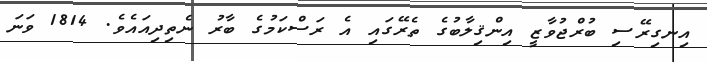
އިނގިރޭސި ބުރްޖުވާޒީ އިންޤިލާބުގެ ތެރޭގައި އެ ރަސްކަމުގެ ބާރު ނެތިދިއައެވެ. 1814 ވަނަ